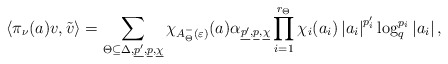
\begin{align*}\left\langle \pi_\nu(a)v,\tilde{v}\right\rangle = \sum_{\Theta\subseteq \Delta,\underline{p'},\underline{p},\underline{\chi}}\chi_{A_\Theta^-\left(\varepsilon\right)}(a)\alpha_{\underline{p'},\underline{p},\underline{\chi}}\prod_{i=1}^{r_\Theta}\chi_i(a_i)\left|a_{i}\right|^{p'_{i}}\log_q^{p_{i}}\left|a_{i}\right|,\end{align*}